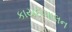
કાયદાપાલન